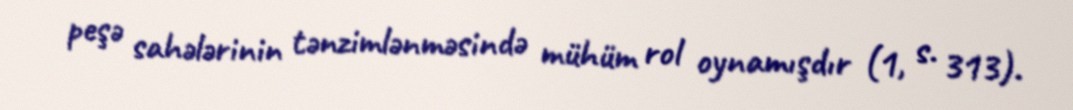
peşə sahələrinin tənzimlənməsində mühüm rol oynamışdır (1, s. 313).